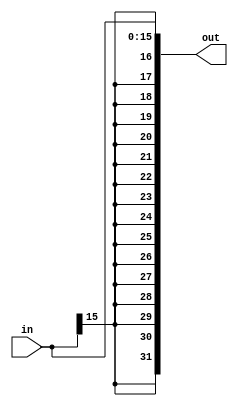
`timescale 1 ns / 1 ns
module sign_ext_16_to_32(in, out);
    input [15:0] in;
    output reg [31:0] out;
    always @(in) begin
        out = { {16{in[15]}}, in};
    end

endmodule

module sign_ext_test();
    reg [15:0] in;
    wire [31:0] out;

    sign_ext_16_to_32 sign_ext_test(in, out);

    initial begin
        in = 16'b00001111_11111111;
        #1000 in = 16'b10001111_11111111;
        #1000;
    end

endmodule